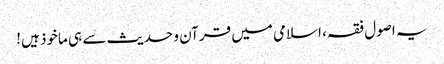
یہ اصول فقہ، اسلامی میں قرآن و حدیث سے ہی ماخوذ ہیں!